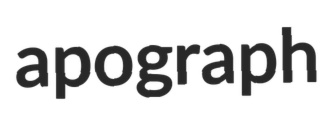
apograph